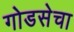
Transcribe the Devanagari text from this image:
गोडसेचा